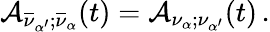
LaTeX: {\cal A}_{\overline{{{\nu}}}_{\alpha^{\prime}};\overline{{{\nu}}}_{\alpha}}(t)={\cal A}_{\nu_{\alpha};\nu_{\alpha^{\prime}}}(t)\, .